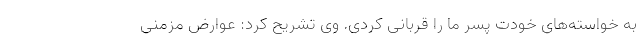
به خواسته‌های خودت پسر ما را قربانی کردی. وی تشریح کرد: عوارض مزمنی